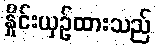
နှိုင်းယှဉ်ထားသည်